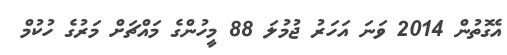
އެގޮތުން 2014 ވަނަ އަހަރު ޖުމުލަ 88 މީހުންގެ މައްޗަށް މަރުގެ ހުކުމް